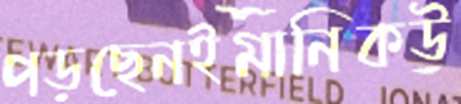
পড়ছেনইমানিকউ